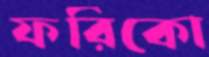
ফরিকো